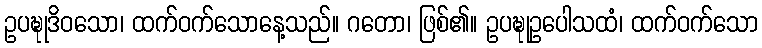
ဥပဍ္ဎုဒိဝသော၊ ထက်ဝက်သောနေ့သည်။ ဂတော၊ ဖြစ်၏။ ဥပဍ္ဎုဥပေါသထံ၊ ထက်ဝက်သော